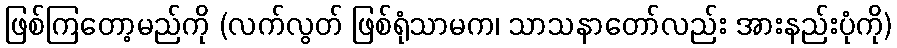
ဖြစ်ကြတော့မည်ကို (လက်လွတ် ဖြစ်ရုံသာမက၊ သာသနာတော်လည်း အားနည်းပုံကို)